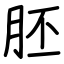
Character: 胚